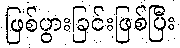
ဖြစ်ပွားခြင်းဖြစ်ပြီး